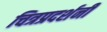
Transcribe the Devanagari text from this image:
चित्रप्रदर्शनी